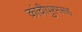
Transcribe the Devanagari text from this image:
कांचीपुरमसह